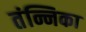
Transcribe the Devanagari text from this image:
तंन्निका